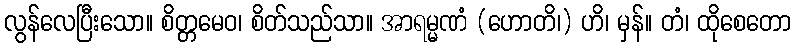
လွန်လေပြီးသော။ စိတ္တမေဝ၊ စိတ်သည်သာ။ အာရမ္မဏံ (ဟောတိ၊) ဟိ၊ မှန်။ တံ၊ ထိုစေတော